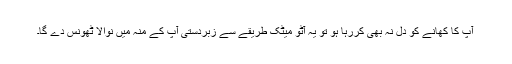
آپ کا کھانے کو دل نہ بھی کررہا ہو تو یہ آٹو میٹک طریقے سے زبردستی آپ کے منہ میں نوالا ٹھونس دے گا۔